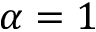
\alpha = 1